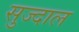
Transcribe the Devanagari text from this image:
सुज्दाल